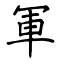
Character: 軍